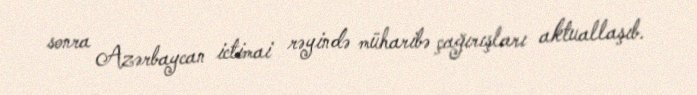
sonra Azərbaycan ictimai rəyində müharibə çağırışları aktuallaşıb.